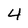
Character: 4